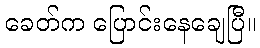
ခေတ်က ပြောင်းနေချေပြီ။